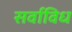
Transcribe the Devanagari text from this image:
सर्वाविध